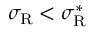
\sigma _ { \mathrm { { R } } } < \sigma _ { \mathrm { { R } } } ^ { * }